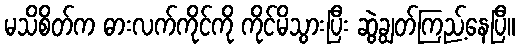
မသိစိတ်က ဓားလက်ကိုင်ကို ကိုင်မိသွားပြီး ဆွဲချွတ်ကြည့်နေပြီ။